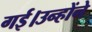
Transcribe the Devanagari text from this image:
गई।उन्होंने